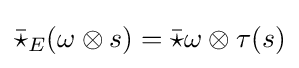
{\bar {\star }}_{E}(\omega \otimes s)={\bar {\star }}\omega \otimes \tau (s)